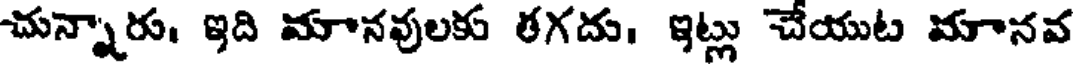
చున్నారు, ఇది మానవులకు తగదు, ఇట్లు చేయుట మూనవ